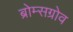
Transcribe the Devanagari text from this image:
ब्रोम्सग्रोव